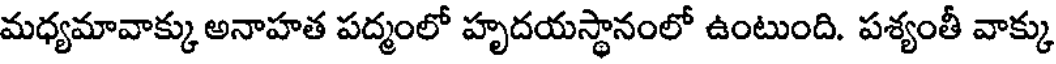
మధ్యమావాక్కు అనాహత పద్మంలో హృదయస్థానంలో ఉంటుంది. పశ్యంతీ వాక్కు